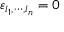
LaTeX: \varepsilon _ { i _ { 1 } , \cdots , i _ { n } } = 0